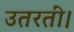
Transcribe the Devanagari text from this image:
उतरतीं।